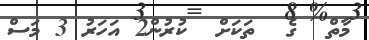
މާތް  ގެ  ތަކަށް  ކުރުން2 އަހަރު 3 މަސް